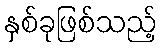
နှစ်ခုဖြစ်သည့်